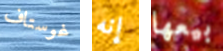
غوستاف إنه بيعها